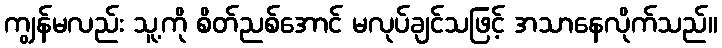
ကျွန်မလည်း သူ့ကို စိတ်ညစ်အောင် မလုပ်ချင်သဖြင့် အသာနေလိုက်သည်။